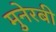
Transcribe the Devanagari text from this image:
मुनेरबी